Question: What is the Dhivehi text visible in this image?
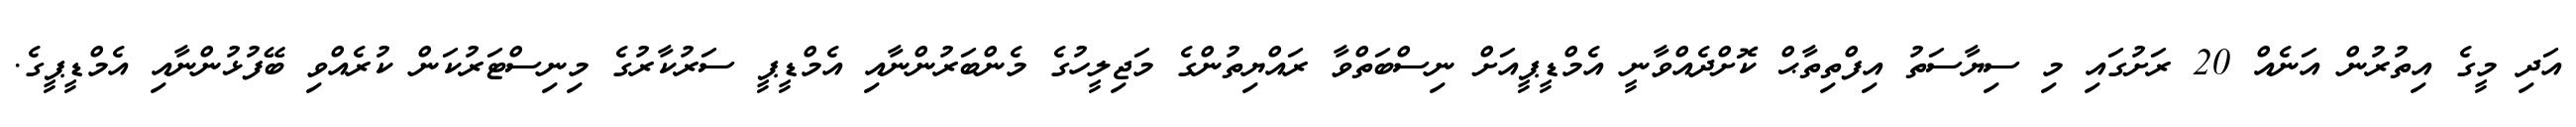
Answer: އަދި މީގެ އިތުރުން އަނެއް 20 ރަށުގައި މި ސިޔާސަތު އިފްތިތާޙް ކޮށްދެއްވާނީ އެމްޑީޕީއަށް ނިސްބަތްވާ ރައްޔިތުންގެ މަޖިލީހުގެ މެންބަރުންނާއި އެމްޑީޕީ ސަރުކާރުގެ މިނިސްޓަރުކަން ކުރެއްވި ބޭފުޅުންނާއި އެމްޑީޕީގެ.